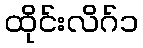
ထိုင်းလိဂ်၁